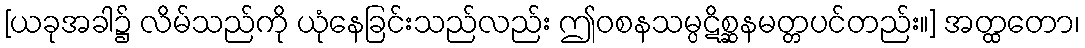
[ယခုအခါ၌ လိမ်သည်ကို ယုံနေခြင်းသည်လည်း ဤဝစနသမ္ပဋိစ္ဆနမတ္တပင်တည်း။] အတ္ထတော၊